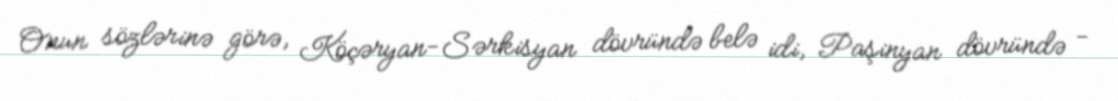
Onun sözlərinə görə, Köçəryan-Sərkisyan dövründə belə idi, Paşinyan dövründə -